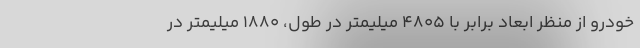
خودرو از منظر ابعاد برابر با 4805 میلیمتر در طول، 1880 میلیمتر در